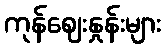
ကုန်ဈေးနှုန်းများ